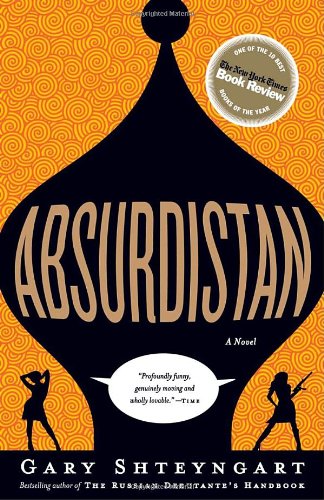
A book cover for Absurdistan: A Novel; Gary Shteyngart; Literature & Fiction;